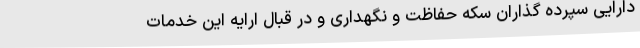
دارایی سپرده گذاران سکه حفاظت و نگهداری و در قبال ارایه این خدمات